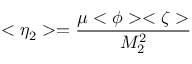
< \eta _ { 2 } > = { \frac { \mu < \phi > < \zeta > } { M _ { 2 } ^ { 2 } } }